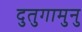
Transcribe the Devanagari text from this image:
दुतुगामुनु